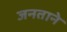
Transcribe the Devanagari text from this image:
जनताने